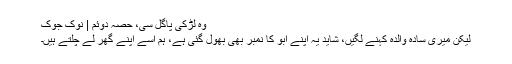
وہ لڑکی پاگل سی، حصہ دوئم | نوک جوک
لیکن میری سادہ والدہ کہنے لگیں، شاید یہ اپنے ابو کا نمبر بھی بھول گئی ہے، ہم اسے اپنے گھر لے چلتے ہیں۔